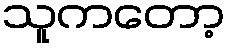
သူကတော့